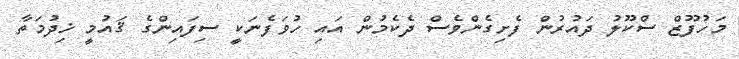
މަހުފޫޒް ސްކޫލު ދައުރުން ފެށިގެންވެސް ދެކެމުން އައި ހުވަފެނަކީ ސިފައިންގެ ޤައުމީ ޚިދުމަތާ